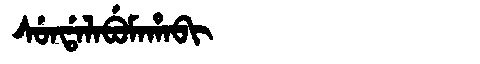
Manchu: ᠰᡠᠨᡩᠠᠯᠠᠪᡠᠮᠠᡥᠠᠪᡳ
Romanization: SUNDALABUMAHABI